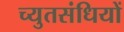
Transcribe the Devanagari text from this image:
च्युतसंधियों